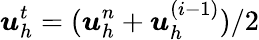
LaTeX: \boldsymbol{u}_{h}^{t}=(\boldsymbol{u}_{h}^{n}+\boldsymbol{u}_{h}^{(i-1)})/2